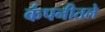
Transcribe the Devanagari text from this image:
कंपनीतले